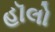
હૉલો